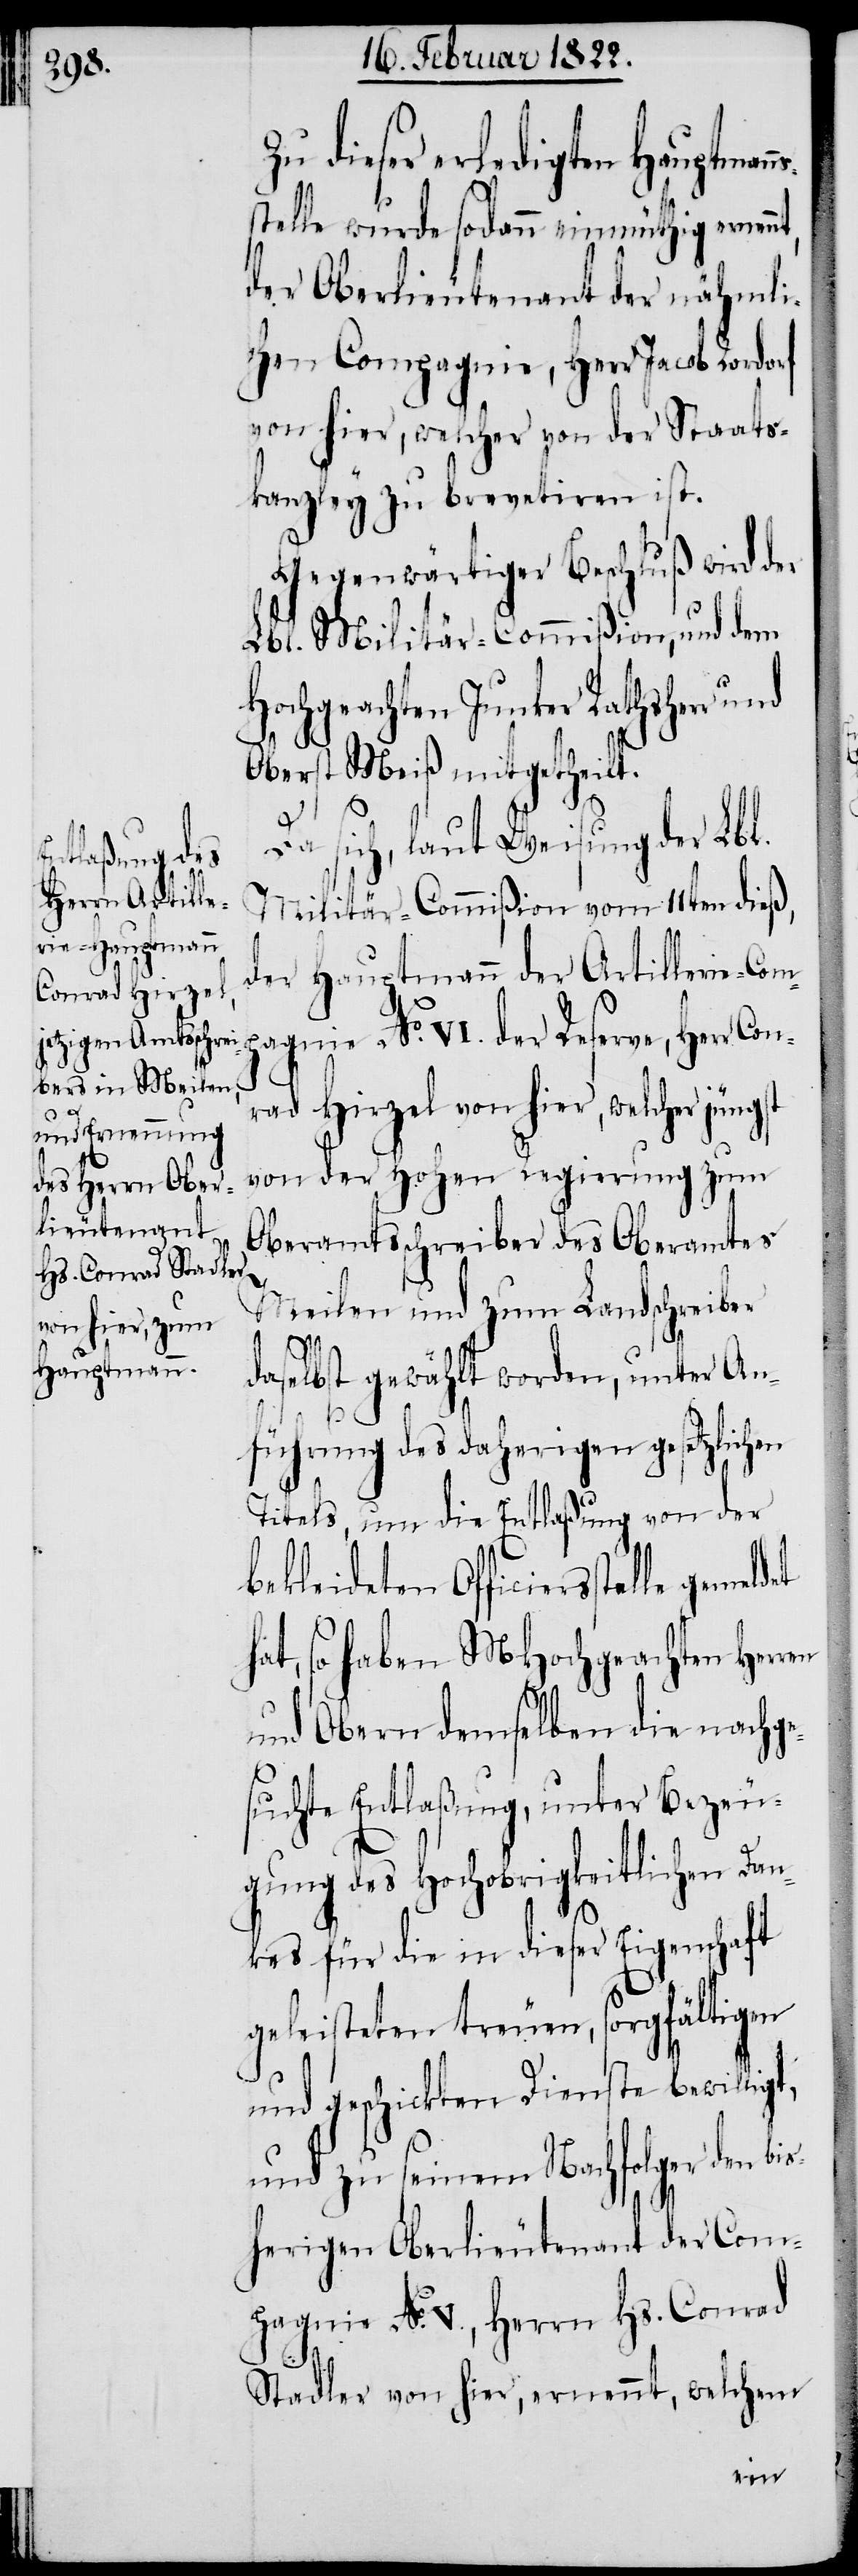
dieser erledigten Hauptman¬
stelle wurde sodann einmüthig ernen¬
der Oberlieutenant der nähmli¬
chen Compagnie, Herr Jacob Rordorf
von hier, welcher von der Staats¬
kanzley zu brevetiren ist.
Gegenwärtiger Beschluß wird der
Lbl. Militär-Commißion, und dem
hochgeachteten Junker Rathsherr
Oberst Meiß mitgetheilt.
Da sich, laut Weisung der Lbl.
Militär-Commißion vom 11ten dieß,
der Hauptmann der Artillerie-Com¬
pagnie No. VI. der Reserve, Herr C¬
rad Hirzel von hier, welcher jüngst
von der hohen Regierung zum
Oberamtsschreiber des Oberamtes
Meilen und zum Landschreiber
daselbst gewählt worden, unter An¬
führung des daherigen gesetzlichen
Titels, um die Entlaßung von der
bekleideten Officiersstelle
hat, so haben MHochgeachteten
und Obern demselben die nachge¬
suchte Entlaßung, unter Bezeu¬
gung des hochobrigkeitlichen Da¬
nkes für die in dieser Eigenschaft
geleisteten treuen, sorgfältigen
und geschickten Dienste bewilligt,
und zu seinem Nachfolger den b¬
herigen Oberlieutenant der Com¬
pagnie No. V., Herrn Hs. Conrad
Stadler von hier, ernennt, welchem
is¬